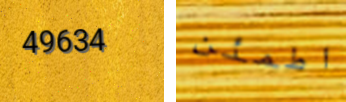
49634 اطمئن